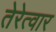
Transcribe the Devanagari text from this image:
तेरेत्वार